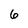
Character: 6